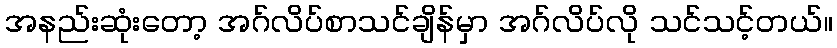
အနည်းဆုံးတော့ အဂ်လိပ်စာသင်ချိန်မှာ အဂ်လိပ်လို သင်သင့်တယ်။